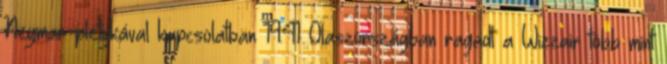
Neymar-pletykával kapcsolatban 19:41 Olaszországban ragadt a Wizzair több mint